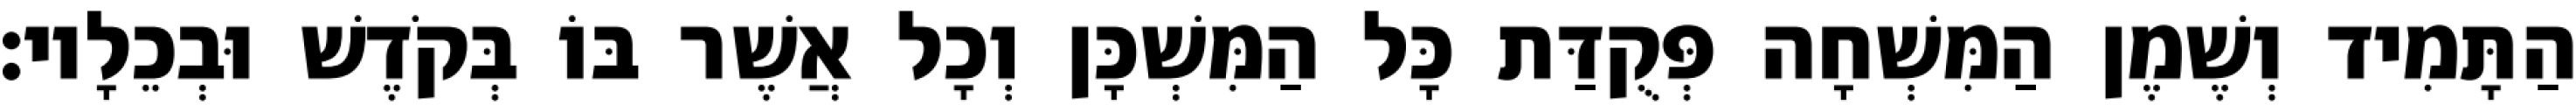
הַתָּמִיד וְשֶׁמֶן הַמִּשְׁחָה פְּקֻדַּת כָּל הַמִּשְׁכָּן וְכָל אֲשֶׁר בּוֹ בְּקֹדֶשׁ וּבְכֵלָיו׃